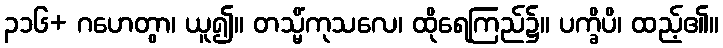
၃၁၆+ ဂဟေတွာ၊ ယူ၍။ တသ္မိံကုသလေ၊ ထိုရေကြည်၌။ ပက္ခိပိ၊ ထည့်၏။